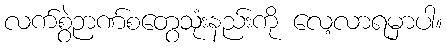
လက်စွဲဉာဏ်စတွေသုံးနည်းကို လေ့လာရမှာပါ။